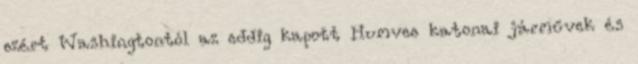
ezért Washingtontól az eddig kapott Humvee katonai járművek és